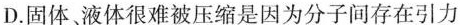
D.固体、液体很难被压缩是因为分子间存在引力